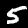
Digit: 5